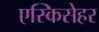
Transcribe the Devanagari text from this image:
एस्किसेहर